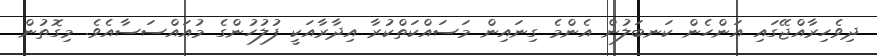
ދިވެހިރާއްޖޭގައި އަންހެން ކަނބަލުން އެންމެ ގިނައިން މަސައްކަތްކުރާ އިދާރާއަކީ ފުލުހުންގެ މުއައްސަސާއެވެ. މިގޮތުން